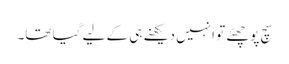
سچ پوچھئے تو انہیں دیکھنے ہی کے لیے گیا تھا۔